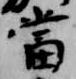
当